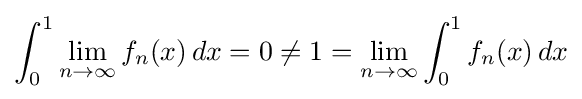
\int _{0}^{1}\lim _{n\to \infty }f_{n}(x)\,dx=0\neq 1=\lim _{n\to \infty }\int _{0}^{1}f_{n}(x)\,dx